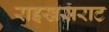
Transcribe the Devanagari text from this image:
राइखसराट